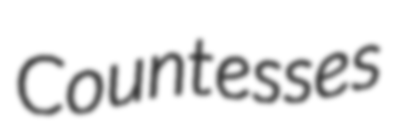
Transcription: Countesses